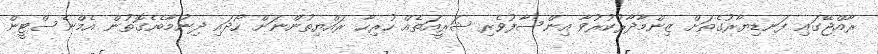
ރާއްޖޭގައި ފަނޑިޔާރުގެތަށް ޒިންމާދާރުކުރުވާ އިންސާފުވެރި ޝަރީއަތެއް ހުރިހާ ރައްޔިތުންނަށް ހޯދައި ދިނުމާބެހެގޮތުން އެމްނެސްޓީން